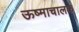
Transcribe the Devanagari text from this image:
ऊष्माचालक